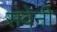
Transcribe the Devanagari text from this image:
सवेनी